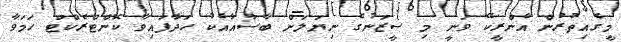
މީގެއިތުރުން އެންރީކޭ ވަނީ މި ސީޒަނުގެ ނިޔަލަށް ބާސާއާއެކު ހަދާފައިވާ ކޮންޓްރެކްޓް ހަމަވާ